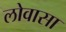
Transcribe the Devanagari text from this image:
लोवासा